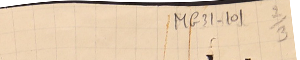
MG31-101  2/3